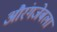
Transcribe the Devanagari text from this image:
औरंगजेबला